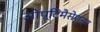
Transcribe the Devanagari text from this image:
ओप्टिमैसेश्न्न